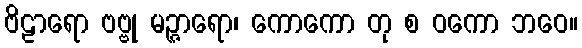
ဗိဠာရော ဗဗ္ဗု မဉ္ဇာရော၊ ကောကော တု စ ဝကော ဘဝေ။